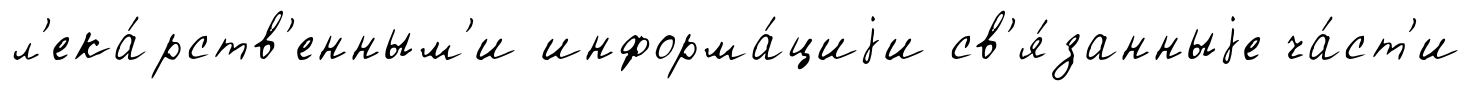
л'ека́рств'енным'и информа́циjи св'я́занныjе ча́ст'и